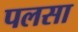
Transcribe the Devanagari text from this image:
पलसा